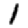
Digit: 1